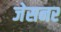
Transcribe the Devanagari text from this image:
जेसनर